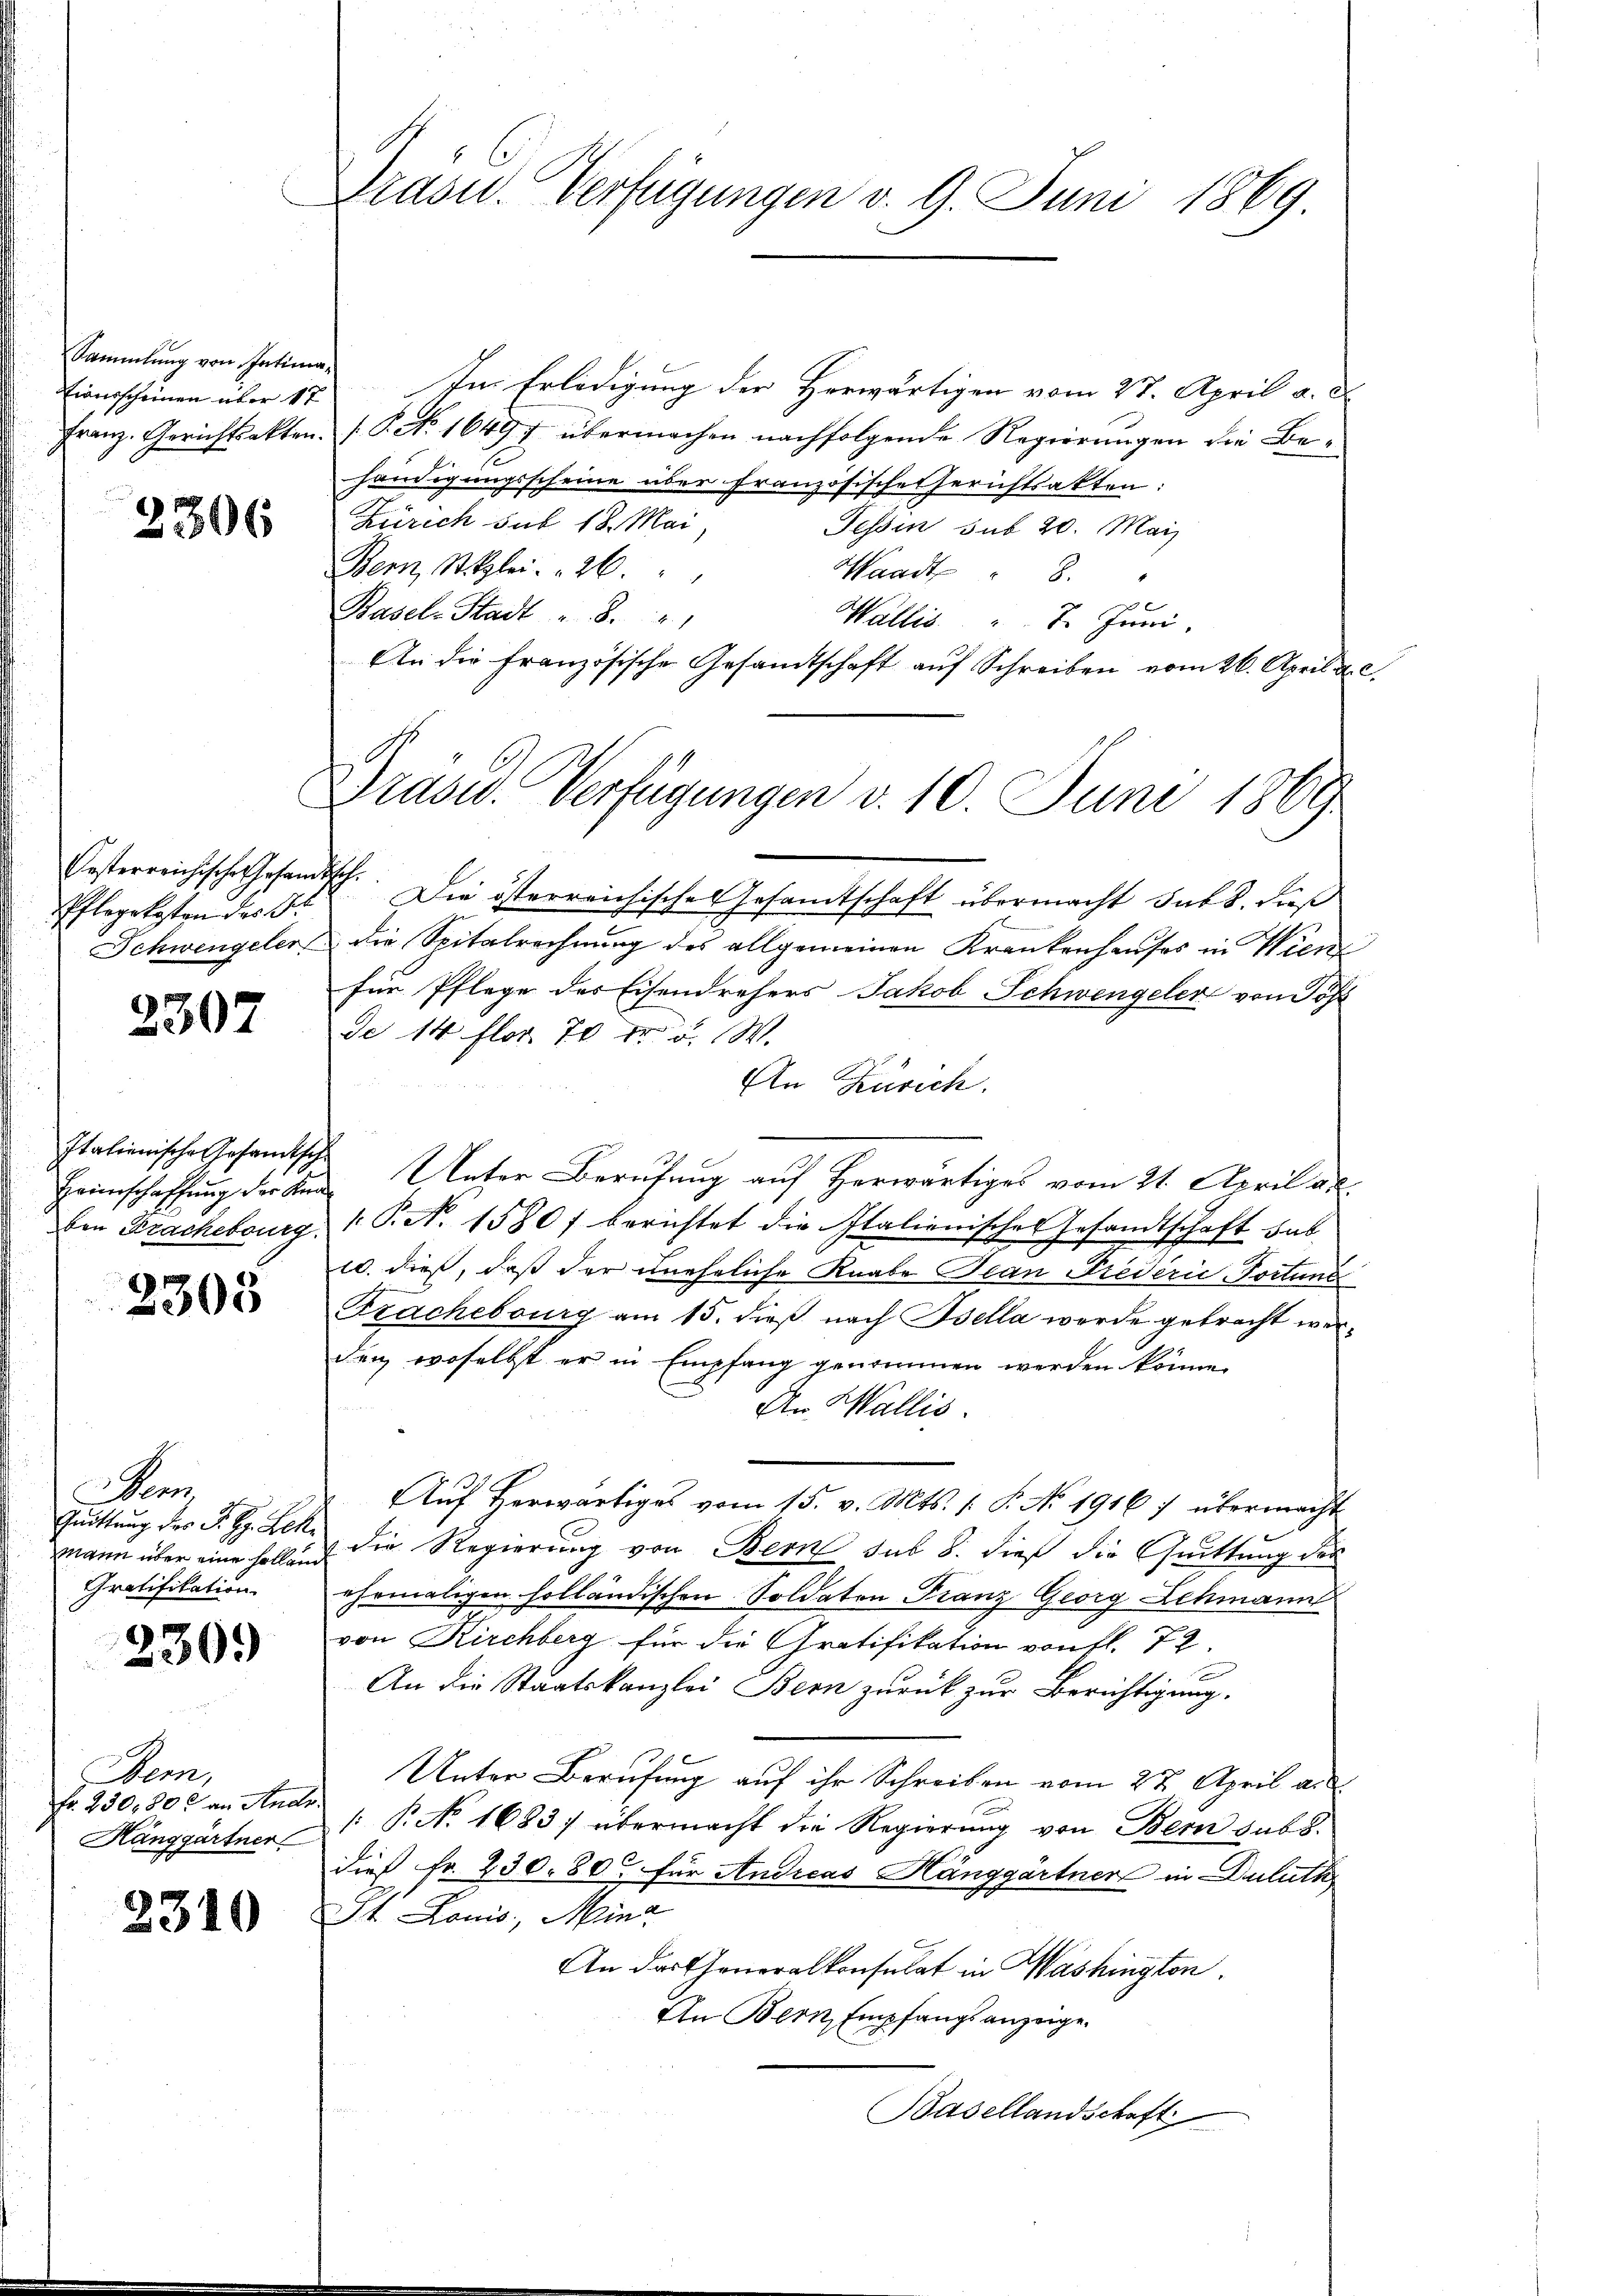
Sammlung von Intimaiausscheinen über 17
Franz. Gerichtsakten.

2306

Oesterreichischenhofan
Pflegekosten des Gr
Schwengeler

2307

Italienische Gesandtsche
Heimschaffung der Kinde
ben Brachebourg.

2305

em
Quittung des Sr. H. Lek
Mann über eine sollen
Gratifikation

2309

Bem,
Fr. 230, 802 an Ande
Hanggärtner

2310

Präsu. Verfügungen v. 9. Juni 1869

Drasw. Verfügungen v. 10. Juni 1869

f

In Erledigung der Herwärtigen vom 27. April a. d.
s. P. No 16497 übermachen nachfolgende Regierungen die Bef
händigungsscheine über französische Gerichtsakten:
Zürich sub 18. Mai
Tessin sub 20. Mai
Bern, Stizlei. 26.
Waadt " 8
Basels Stadt
Wallis. " 7. Juni.
An die französische Gesamtschaft auf Schreiben vom 26. April d
h
Die österreichisches Gesamtschaft übermacht sub 8. daß
die Spitalrechnung des allgemeinen Krankenhauses in Wien
für Pflege des Eisendrehers Jakob Schwengeler von Söh
de 14 flor. 70 Fr. 5. W.
An Küsich.
Unter Berufung auf Herwärtiges vom 21. April a.
 P. Nr. 1580 f berichtet die Italienisches Gesandtschaft hab
10. dieß, daß der uneheliche Knabe Jean Predérić-Portung
Frachebourg am 15. dieß nach Bella werde getracht werden, woselbst er in Empfang genommen werden könne.
An Wallis.
Aŭf herwärtiges vom 15. v. Mts. 1. P. No 1916: übermacht
 die Regierung von Bern sub 8. dieß die Quittung des
ehrmaligen holländischen Soldaten Franz Georg Lehmann
von Kirchberg für die Gratifikation von fl. 72.
An die Staatskanzlei Bern zurück zur Berichtigung.
Unter Berufung auf ihr Schreiben vom 22 April an
[ P. No. 1683 übermacht die Regierung von Bern sub 8.
dies Fr. 230. 80 für Andreas Hänggärtner in Duluth
St. Louis, Mina
An das Generalkonsulat in Washington.
An Bern Empfangsanzeige.
Basellandschaft